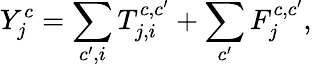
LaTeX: Y_{j}^{c}=\sum_{c^{\prime},i}T_{j,i}^{c,c^{\prime}}+\sum_{c^{\prime}}F_{j}^{c,c^{\prime}},